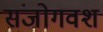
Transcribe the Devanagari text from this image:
संजोगवश